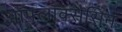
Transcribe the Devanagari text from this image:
ऑफ्लॉक्सैसिन